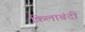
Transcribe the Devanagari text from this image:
क़िलाबंदी